Indian journal of veterinary science and animal husbandry - Volumes 26-27, 1956-1957
Year: 1956
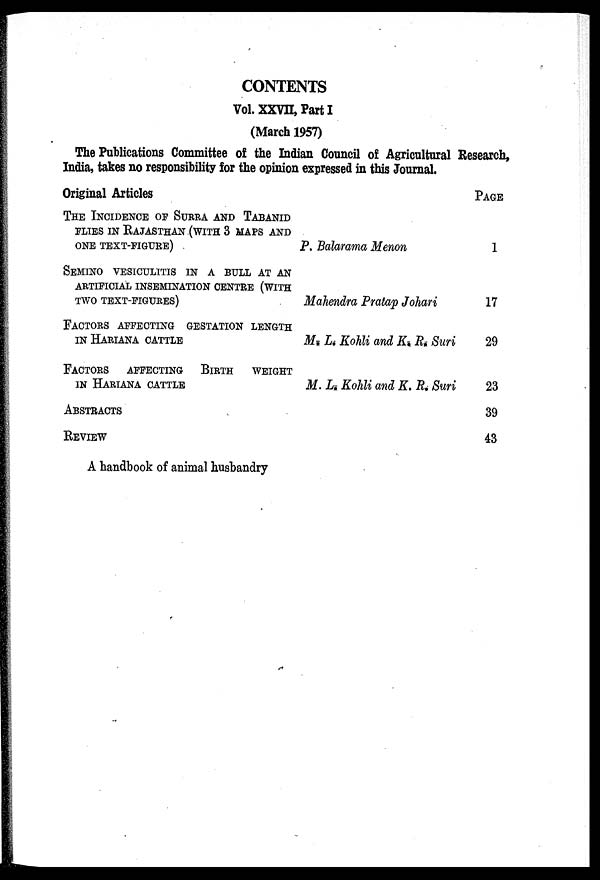
CONTENTS
Vol. XXVII, Part I
(March 1957)
The Publications Committee of the Indian Council of Agricultural Research,
India, takes no responsibility for the opinion expressed in this Journal.
Original Articles
THE INCIDENCE OF SURRA AND TABANID
FLIES IN RAJASTHAN (WITH 3 MAPS AND
ONE TEXT-FIGURE)
SEMINO VESICULITIS IN A BULL AT AN
ARTIFICIAL INSEMINATION CENTRE (WITH
TWO TEXT-FIGURES)
FACTORS AFFECTING GESTATION LENGTH
IN HARIANA CATTLE
FACTORS AFFECTING BIRTH WEIGHT
IN HARIANA CATTLE
ABSTRACTS
REVIEW
A handbook of animal husbandry
P. Balarama Menon
Mahendra Pratap Johari
M. L. Kohli and K. R. Suri
M. L. Kohli and K. R. Suri
PAGE
1
17
29
23
39
43